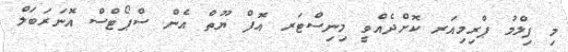
މި ފިލްމު ޕްރިމިއަރ ކޮށްދެއްވީ މިނިސްޓަރ އޮފް ޔޫތް އެން ސްޕޯޓްސް އޮނަރަބަލް